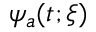
\psi _ { a } ( t ; \xi )